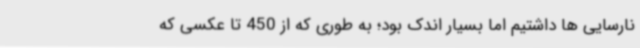
نارسایی ها داشتیم اما بسیار اندک بود؛ به طوری که از 450 تا عکسی که